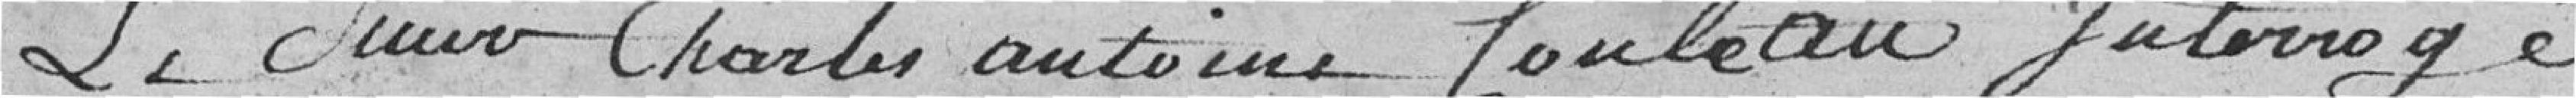
Le Sieur Charles Antoine Couleau interrogé